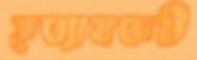
হত্যাযজ্ঞটি